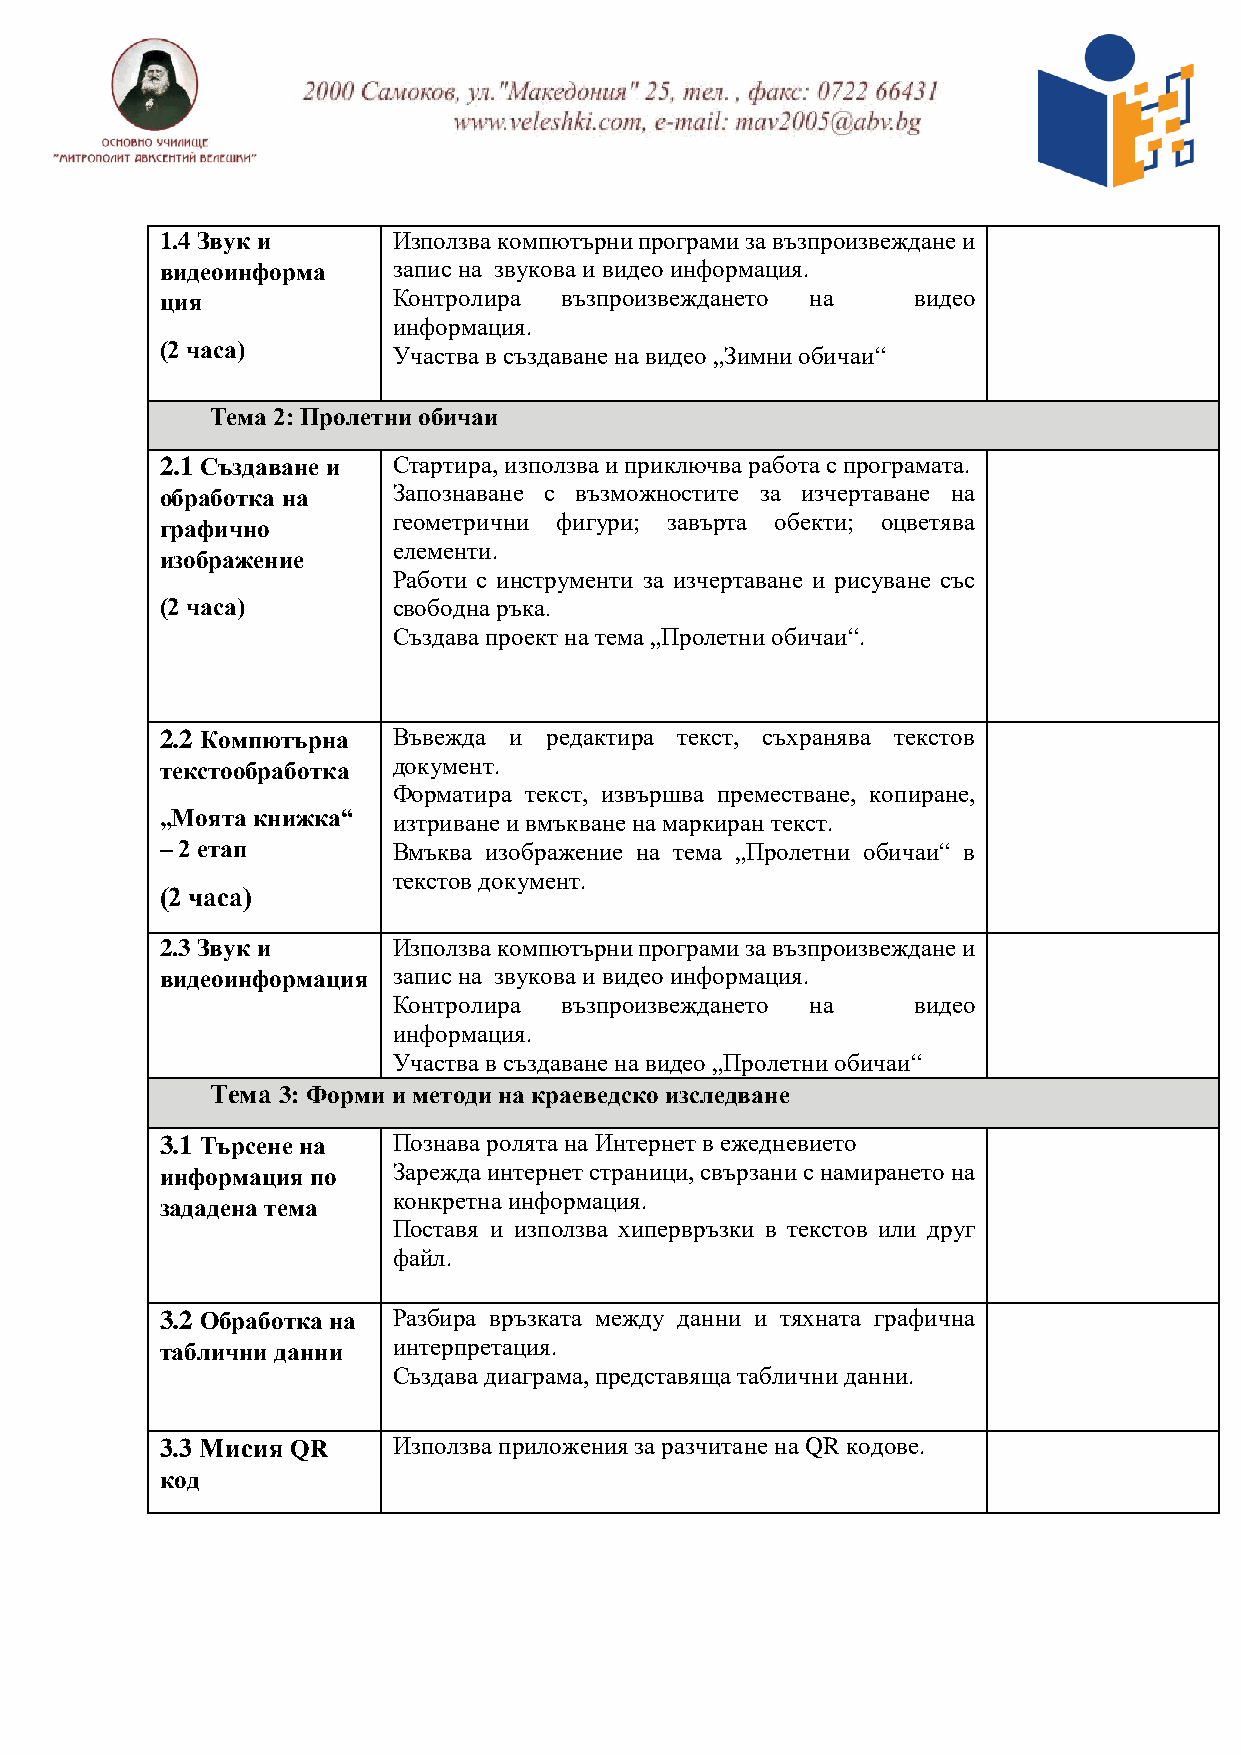
1.4 Звук и     Използва компютърни програми за възпроизвеждане и
 видеоинформа   запис на звукова и видео информация.
 ция            Контролира възпроизвеждането на   видео
 информация.
 (2 часа)       Участва в създаване на видео „Зимни обичаи“
 Тема 2: Пролетни обичаи
 2.1 Създаване и Стартира, използва и приключва работа с програмата.
 обработка на   Запознаване с възможностите за изчертаване на
 геометрични фигури; завърта обекти; оцветява
 графично
 елементи.
 изображение
 Работи с инструменти за изчертаване и рисуване със
 (2 часа)       свободна ръка.
 Създава проект на тема „Пролетни обичаи“.
 2.2 Компютърна Въвежда и редактира текст, съхранява текстов
 текстообработка документ.
 Форматира текст, извършва преместване, копиране,
 „Моята книжка“ изтриване и вмъкване на маркиран текст.
 – 2 етап       Вмъква изображение на тема „Пролетни обичаи“ в
 текстов документ.
 (2 часа)
 2.3 Звук и     Използва компютърни програми за възпроизвеждане и
 видеоинформация запис на звукова и видео информация.
 Контролира възпроизвеждането на   видео
 информация.
 Участва в създаване на видео „Пролетни обичаи“
 Тема 3: Форми и методи на краеведско изследване
 3.1 Търсене на Познава ролята на Интернет в ежедневието
 информация по  Зарежда интернет страници, свързани с намирането на
 конкретна информация.
 зададена тема
 Поставя и използва хипервръзки в текстов или друг
 файл.
 3.2 Обработка на Разбира връзката между данни и тяхната графична
 таблични данни интерпретация.
 Създава диаграма, представяща таблични данни.
 3.3 Мисия QR   Използва приложения за разчитане на QR кодове.
 код